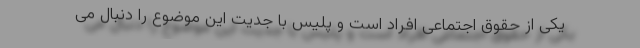
یکی از حقوق اجتماعی افراد است و پلیس با جدیت این موضوع را دنبال می